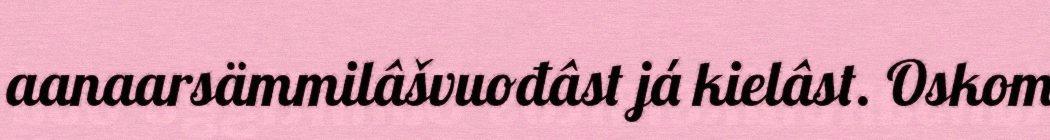
aanaarsämmilâšvuođâst já kielâst. Oskom